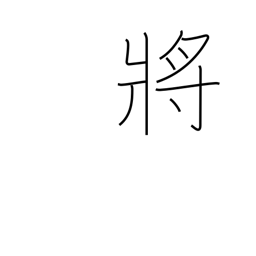
Meaning: admiral